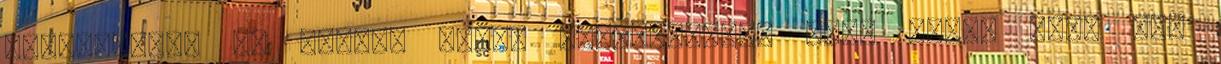
biztosítani az összes tárgy hallgatását, vagy azért mert nem